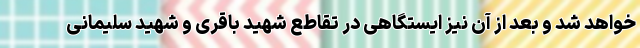
خواهد شد و بعد از آن نیز ایستگاهی در تقاطع شهید باقری و شهید سلیمانی